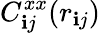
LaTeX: C_{\mathbf{i}j}^{xx}(r_{\mathbf{i}j})